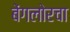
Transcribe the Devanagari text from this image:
बेंगलोरचा